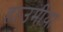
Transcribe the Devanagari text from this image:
हाउमीया